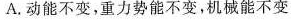
A.动能不变，重力势能不变，机械能不变